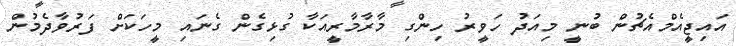
އައިޖީއެމްއެޗުން ބުނީ މިއަދު ހަވީރު ހިންގި މާރާމާރީއަކާ ގުޅިގެން ގެނައި މީހަކަށް ފަރުވާދެމުން